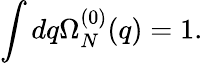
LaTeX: \int dq\Omega_{N}^{(0)}(q)=1.